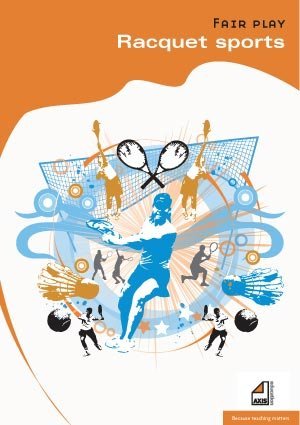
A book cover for Racquet Sports (Fair Play); Sheila Evans; Sports & Outdoors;